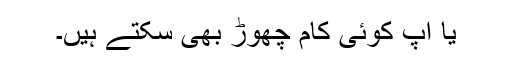
یا آپ کوئی کام چھوڑ بھی سکتے ہیں۔